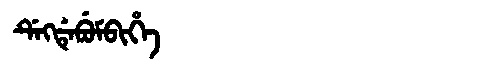
Manchu: ᡩᡝᡴᡩᡝᠪᡠᠮᠪᡳᡥᡝ
Romanization: DEKDEBUMBIHE